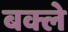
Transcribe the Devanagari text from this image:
बक्ले